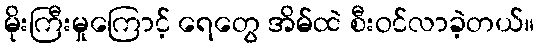
မိုးကြီးမှုကြောင့် ရေတွေ အိမ်ထဲ စီးဝင်လာခဲ့တယ်။